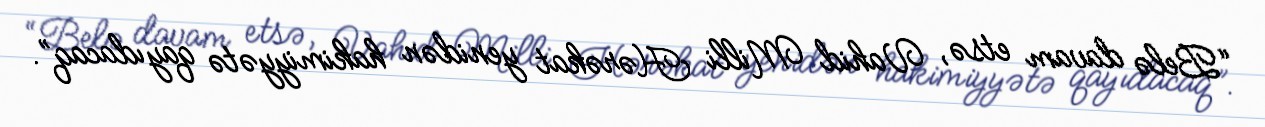
“Belə davam etsə, Vahid Milli Hərəkat yenidən hakimiyyətə qayıdacaq”.